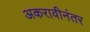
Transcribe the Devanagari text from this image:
अकरावीनंतर